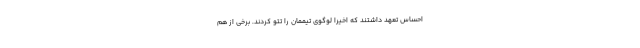
احساس تعهد داشتند که اخیراً لوگوی تیممان را تتو کردند. برخی از هم